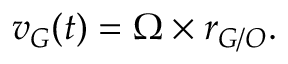
{ \boldsymbol { v } } _ { G } ( t ) = { \boldsymbol { \Omega } } \times { \boldsymbol { r } } _ { G / O } .